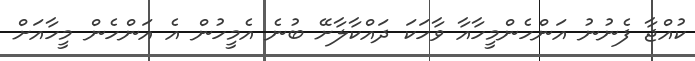
ކުއްޖާ ފެނުނު އަންހެންމީހާއާ ވާހަކަ ދައްކާލާށޭ ބުނެ އެމީހުން އެ އަންހެން މީހާއަށް